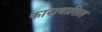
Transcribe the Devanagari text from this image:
कारावासित